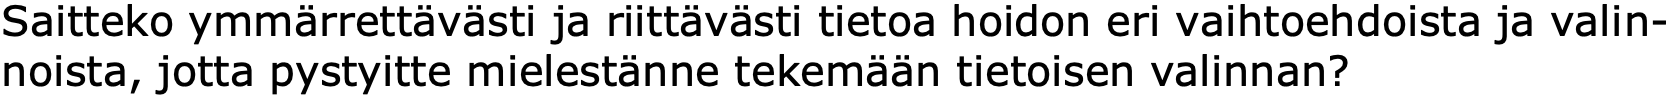
Saitteko ymmärrettävästi ja riittävästi tietoa hoidon eri vaihtoehdoista ja valin- noista, jotta pystyitte mielestänne tekemään tietoisen valinnan?